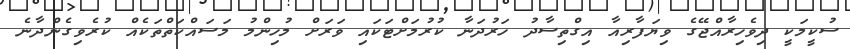
ސުކީމަކީ ދިވެހިރާއްޖޭގެ ވިޔަފާރިއާ އިގްތިސާދު ހަރުދަނާ ކުރުމަށްޓަކައި ވަރަށް މުހިންމު މަސައްކަތްތަކެއް ކުރެވިގެންދާނެ